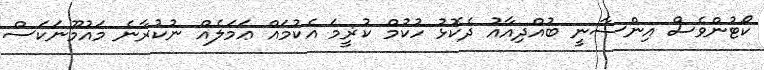
ކޯޓުންވެސް އިންސާނީ ބުއްދިއާއު ދެކޮޅު ހުކުމް ކުޜީމަ އެކުމައް ޢަމަލެއް ނުކުރާނެ މައުމޫނަކަސް